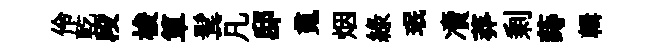
伶乾段梭箪鬂凡邸䰟烟緑珉凟莽剰蒔輯